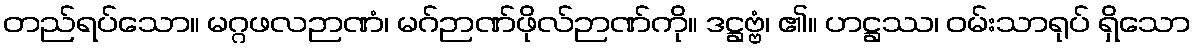
တည်ရပ်သော။ မဂ္ဂဖလဉာဏံ၊ မဂ်ဉာဏ်ဖိုလ်ဉာဏ်ကို။ ဒဋ္ဌဗ္ဗံ၊ ၏။ ဟဋ္ဌဿ၊ ဝမ်းသာရုပ် ရှိသော